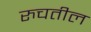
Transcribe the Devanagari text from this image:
रुचतील